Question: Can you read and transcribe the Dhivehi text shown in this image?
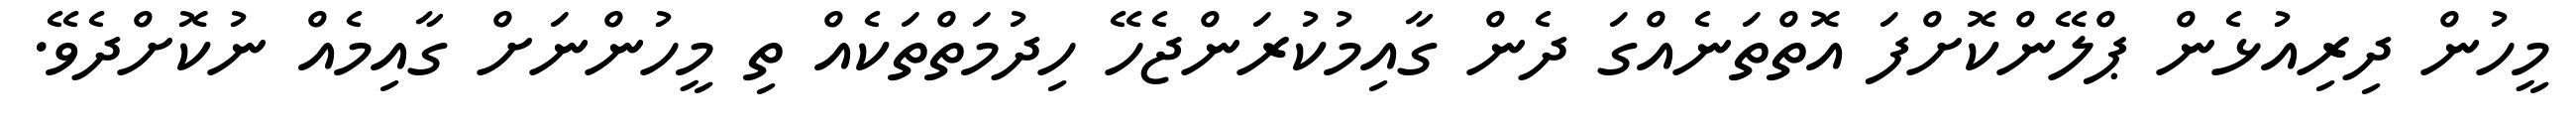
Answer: މީހުން ދިރިއުޅެން ޕްލޭންކޮށްފަ އޮތްތަނެއްގަ ދެން ގާއިމުކުރަންޖެހޭ ހިދުމަތްތަކެއް ތި މީހުންނަށް ގާއިމެއް ނުކޮށްދެވޭ.